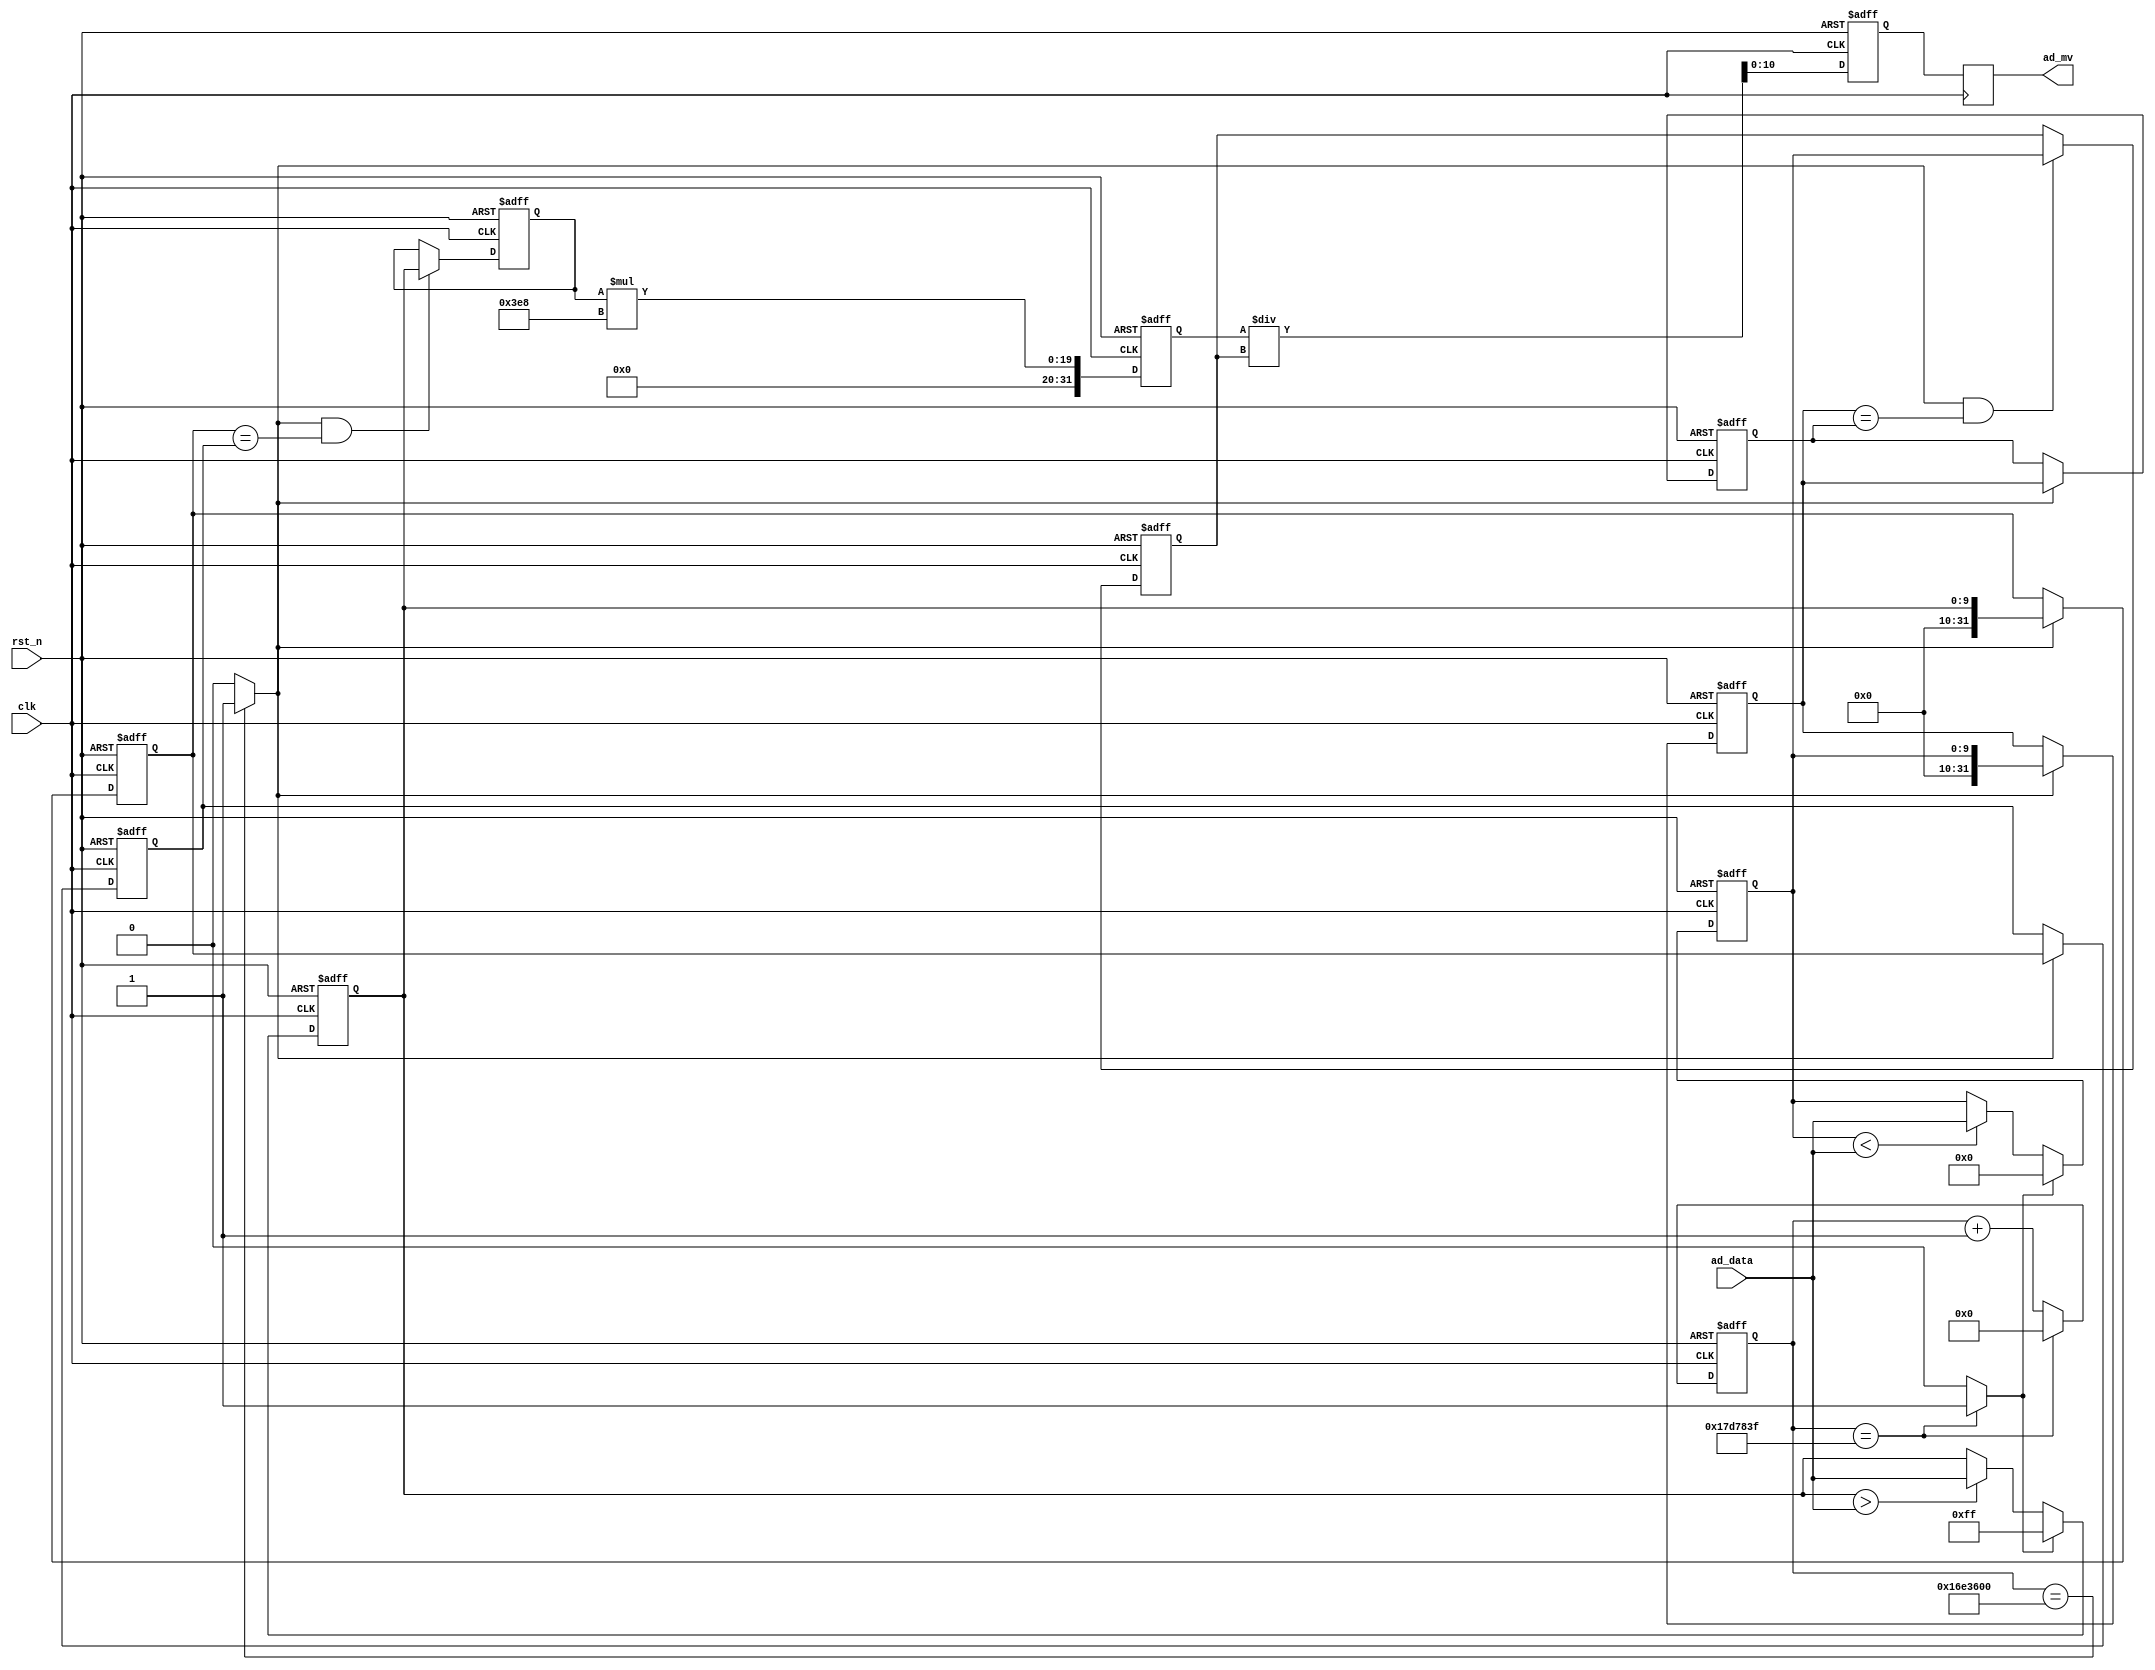
/*-----------------------------------------------------------------------

Date				:		2017-XX-XX
Description			:		Design for LCD1602 Display.

-----------------------------------------------------------------------*/

module cefu
(
	//global clock
	input					clk,			//system clock
	input					rst_n,     		//sync reset
	
	//XXX interface
	input			[9:0]	ad_data,

	//user interface

	output	reg		[10:0]	ad_mv		//
	
); 


//--------------------------------
//Funtion :               
//0.5S

reg			[31:0]			cnt_half;
always @(posedge clk or negedge rst_n)
begin
	if(!rst_n)
		cnt_half <= 0;
	else if(cnt_half == 24_999_999)
		cnt_half <= 0;
	else
		cnt_half <= cnt_half + 1;
end

wire						clk_half;

assign		clk_half = (cnt_half == 24_999_999) ? 1 : 0;

//--------------------------------
//Funtion :               
//clear and cunchu

wire						cunchu;
assign		cunchu =  (cnt_half == 24_000_000) ? 1 : 0;
//
reg		[9:0]		fuzhi_yuzhi;

always @(posedge clk or negedge rst_n)
begin
	if(!rst_n)
		fuzhi_yuzhi <= 255;
	else if(clk_half)
		fuzhi_yuzhi <= 255;
	else if(fuzhi_yuzhi > ad_data)
		fuzhi_yuzhi <= ad_data;
	else
		fuzhi_yuzhi <= fuzhi_yuzhi;
end 

//
reg		[9:0]		fuzhi_yuzhi1;

always @(posedge clk or negedge rst_n)
begin
	if(!rst_n)
		fuzhi_yuzhi1 <= 0;
	else if(clk_half)
		fuzhi_yuzhi1 <= 0;
	else if(fuzhi_yuzhi1 < ad_data)
		fuzhi_yuzhi1 <= ad_data;
	else
		fuzhi_yuzhi1 <= fuzhi_yuzhi1;
end


reg		[31:0]		buffer_1;
reg		[31:0]		buffer_2;
always @(posedge clk or negedge rst_n)
begin
	if(!rst_n)
	begin
		buffer_1 <= 0;
		buffer_2 <= 0;
	end
	else if(cunchu)
	begin
		buffer_1 <= fuzhi_yuzhi;
		buffer_2 <= buffer_1;
	end
end


reg		[31:0]		buffer_3;
reg		[31:0]		buffer_4;
always @(posedge clk or negedge rst_n)
begin
	if(!rst_n)
	begin
		buffer_3 <= 0;
		buffer_4 <= 0;
	end
	else if(cunchu)
	begin
		buffer_3 <= fuzhi_yuzhi1;
		buffer_4 <= buffer_3;
	end
end
	




reg		[9:0]		fuzhi_temp;

always @(posedge clk or negedge rst_n)
begin
	if(!rst_n)
		fuzhi_temp <= 0;
	else if(cunchu && (buffer_1 == buffer_2) )
		fuzhi_temp <= fuzhi_yuzhi;
	else
		fuzhi_temp <= fuzhi_temp;
end

reg		[9:0]		fuzhi_temp1;

always @(posedge clk or negedge rst_n)
begin
	if(!rst_n)
		fuzhi_temp1 <= 0;
	else if(cunchu && (buffer_3 == buffer_4) )
		fuzhi_temp1 <= fuzhi_yuzhi1;
	else
		fuzhi_temp1 <= fuzhi_temp1;
end

reg		[31:0]		ad_mv1;
reg		[31:0]		ad_mv2;
always @(posedge clk or negedge rst_n)
begin
	if(!rst_n)
		ad_mv1 <= 0;
	else
		ad_mv1 <= fuzhi_temp * 1000;
end

	
always @(posedge clk or negedge rst_n)
begin
	if(!rst_n)
		ad_mv2 <= 0;
	else
		ad_mv2 <= ad_mv1 / fuzhi_temp1;
end

always @(posedge clk )
	ad_mv <= ad_mv2;

endmodule